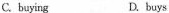
C. buying D.buys